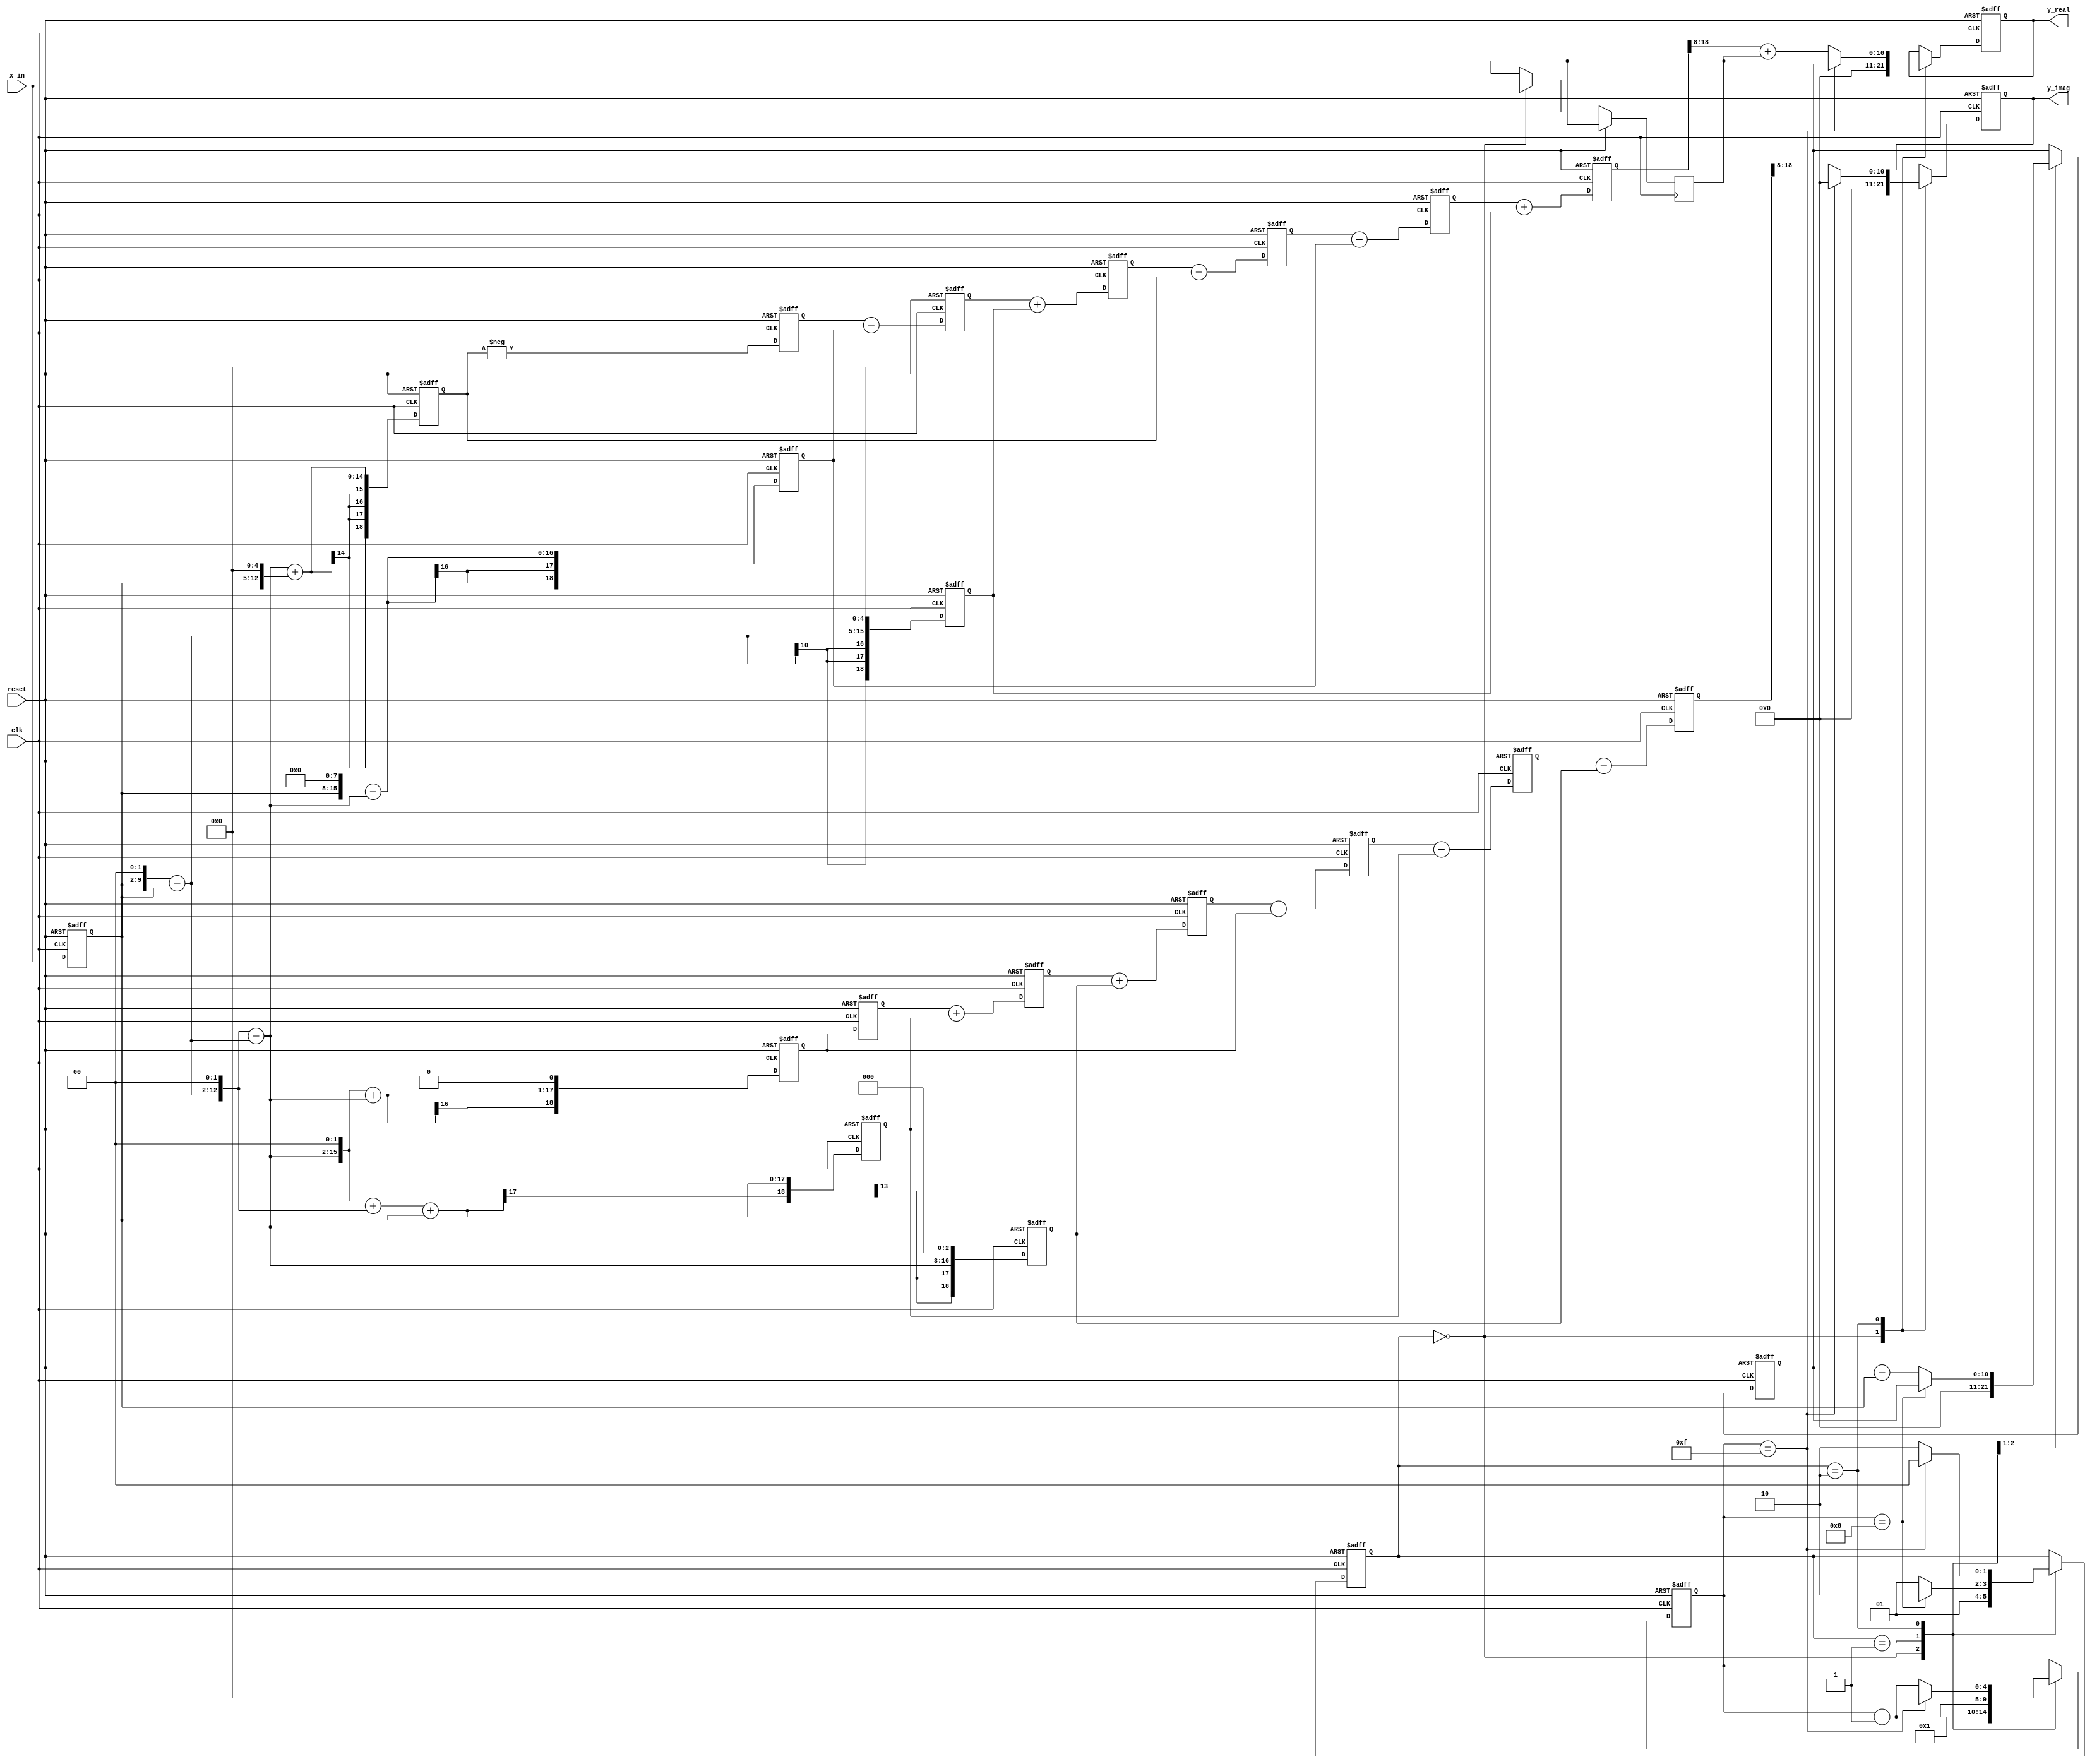
//*********************************************************
// IEEE STD 1364-2001 Verilog file: rader7.v 
// Author-EMAIL: Uwe.Meyer-Baese@ieee.org
//*********************************************************
module rader7                     //---> Interface
 (input  clk,                     // System clock
  input reset,                    // Asynchronous reset    
  input  [7:0]  x_in,             // Real system input
  output reg signed[10:0] y_real, //Real system output
  output reg signed[10:0] y_imag);//Imaginary system output
// -------------------------------------------------------- 
  reg signed [10:0]  accu;               // Signal for X[0]
 // Direct bit access of 2D vector in Quartus Verilog 2001
 // works; no auxiliary signal for this purpose necessary
  reg signed [18:0] im [0:5]; 
  reg signed [18:0] re [0:5];  
 // real is keyword in Verilog and can not be an identifier
                                 // Tapped delay line array
  reg signed [18:0]  x57, x111, x160, x200, x231, x250 ; 
                                 // The filter coefficients
  reg signed [18:0]  x5, x25, x110, x125, x256; 
                           // Auxiliary filter coefficients
  reg signed [7:0]   x, x_0;            // Signals for x[0]
  reg [1:0] state; // State variable
  reg [4:0] count; // Clock cycle counter
    
  always @(posedge clk or posedge reset)   // State machine
  begin : States                        // for RADER filter
    parameter Start=0, Load=1, Run=2;

    if (reset) begin              // Asynchronous reset
      state <= Start; accu <= 0;
      count <= 0; y_real <= 0; y_imag <= 0;       
    end else
      case (state) 
        Start : begin        // Initialization step 
          state <= Load;
          count <= 1;
          x_0 <= x_in;       // Save x[0]
          accu <= 0 ;        // Reset accumulator for X[0]
          y_real  <= 0;
          y_imag  <= 0;
        end
        Load : begin // Apply x[5],x[4],x[6],x[2],x[3],x[1]
          if (count == 8)     // Load phase done ?
            state <= Run;
          else begin
            state <= Load;
            accu <= accu + x;
          end
          count <= count + 1;
        end
        Run : begin // Apply again x[5],x[4],x[6],x[2],x[3]
          if (count == 15) begin // Run phase done ?
            y_real  <= accu;       // X[0]
            y_imag  <= 0;  // Only re inputs => Im(X[0])=0
            count <= 0;        // Output of result 
            state <= Start;    // and start again
          end else begin
            y_real  <= (re[0] >>> 8) + x_0; 
                                  // i.e. re[0]/256+x[0]
            y_imag  <= (im[0] >>> 8);     // i.e. im[0]/256
            state <= Run;
            count <= count + 1;
          end
        end
      endcase  
  end
// -------------------------------------------------------- 
  always @(posedge clk or posedge reset) // Structure of the 
  begin : Structure                     // two FIR filters 
    integer k;    // loop variable  
    if (reset) begin                  // in transposed form
      for (k=0; k<=5; k=k+1) begin
        re[k] <= 0; im[k] <= 0;   // Asynchronous clear
      end
      x <= 0;
    end else begin
      x <= x_in;
    // Real part of FIR filter in transposed form
      re[0] <= re[1] + x160  ;   // W^1
      re[1] <= re[2] - x231  ;   // W^3
      re[2] <= re[3] - x57   ;   // W^2
      re[3] <= re[4] + x160  ;   // W^6
      re[4] <= re[5] - x231  ;   // W^4
      re[5] <= -x57;             // W^5
    
    // Imaginary part of FIR filter in transposed form
      im[0] <= im[1] - x200  ;   // W^1
      im[1] <= im[2] - x111  ;   // W^3
      im[2] <= im[3] - x250  ;   // W^2
      im[3] <= im[4] + x200  ;   // W^6
      im[4] <= im[5] + x111  ;   // W^4
      im[5] <= x250;             // W^5
    end
  end
// -------------------------------------------------------- 
  always @(posedge clk or posedge reset) //  Note that all 
  begin : Coeffs            // signals are globally defined
  // Compute the filter coefficients and use FFs
    if (reset) begin       // Asynchronous clear
      x160 <= 0; x200 <= 0; x250 <= 0;
      x57 <= 0; x111 <= 0; x231 <= 0;
    end else begin
      x160 <= x5 <<< 5;        // i.e. 160 = 5 * 32;
      x200 <= x25 <<< 3;       // i.e. 200 = 25 * 8;
      x250 <= x125 <<< 1;      // i.e. 250 = 125 * 2;
      x57  <= x25 + (x <<< 5); // i.e. 57 = 25 + 32;
      x111 <= x110 + x;       // i.e. 111 = 110 + 1;
      x231 <= x256 - x25;     // i.e. 231 = 256 - 25;
    end
  end

  always @*                 // Note that all signals
  begin : Factors           // are globally defined 
  // Compute the auxiliary factor for RAG without an FF
    x5   = (x <<< 2) + x;  // i.e. 5 = 4 + 1;
    x25  = (x5 <<< 2) + x5;        // i.e. 25 = 5*4 + 5;
    x110 = (x25 <<< 2) + (x5 <<< 2);// i.e. 110 = 25*4+5*4;
    x125 = (x25 <<< 2) + x25;      // i.e. 125 = 25*4+25;
    x256 = x <<< 8;            // i.e. 256 = 2 ** 8;  
  end

endmodule